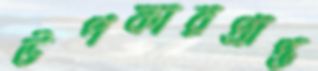
উপকারপ্রাপ্ত